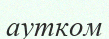
аутком